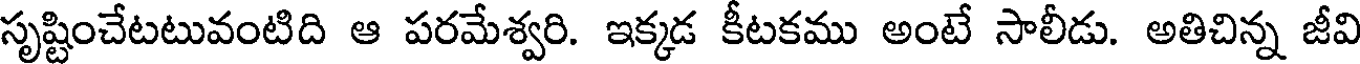
సృష్టించేటటువంటిది ఆ పరమేశ్వరి. ఇక్కడ కీటకము అంటే సాలీడు. అతిచిన్న జీవి